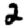
Digit: 2